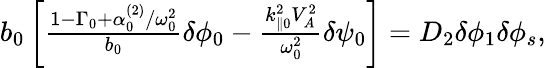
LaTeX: \begin{array}{r}{b_{0}\left[\frac{1-\Gamma_{0}+\alpha_{0}^{(2)}/\omega_{0}^{2}}{b_{0}}\delta\phi_{0}-\frac{k_{\parallel 0}^{2}V_{A}^{2}}{\omega_{0}^{2}}\delta\psi_{0}\right]=D_{2}\delta\phi_{1}\delta\phi_{s},}\end{array}